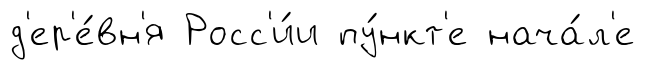
д'ер'е́вн'я Росс'и́и пу́нкт'е нача́л'е